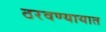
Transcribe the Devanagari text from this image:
ठरवण्यायात